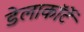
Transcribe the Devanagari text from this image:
डेलाकॉर्टे